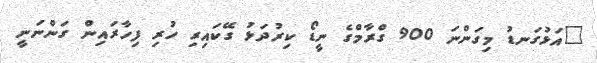
"އަޅުގަނޑު މިގަންނަ 900 ގްރާމްގެ ނީޑޯ ކިރުދަޅު ގޭކައިރި ހުރި ފިހާރައިން ގަންނަނީ